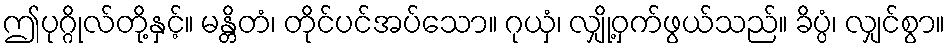
ဤပုဂ္ဂိုလ်တို့နှင့်။ မန္တိတံ၊ တိုင်ပင်အပ်သော။ ဂုယှံ၊ လျှို့ဝှက်ဖွယ်သည်။ ခိပ္ပံ၊ လျှင်စွာ။